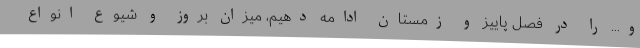
و... را در فصل پاییز و زمستان ادامه دهیم، میزان بروز و شیوع انواع